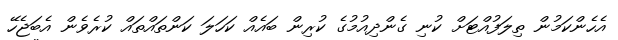
އެހެންކަމުން ތިލަފުއްޓަށް ކުނި ގެންދިއުމުގެ ކުރިން ބައެއް ކަހަަލަ ކަންތައްތައް ކުރެވެން އެބަޖެހޭ